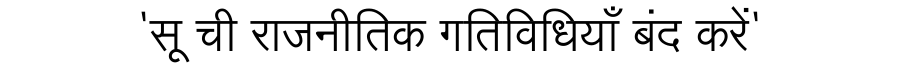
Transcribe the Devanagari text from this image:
'सू ची राजनीतिक गतिविधियाँ बंद करें'